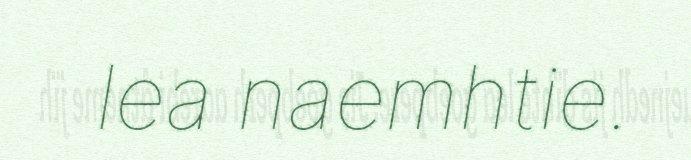
lea naemhtie.